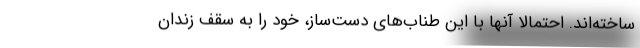
ساخته‌اند. احتمالا آنها با این طناب‌های دست‌ساز، خود را به سقف زندان